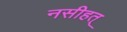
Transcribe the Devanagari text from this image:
नसीहत्